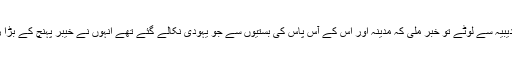
رسول خدا ﷺ حدیبیہ سے لوٹے تو خبر ملی کہ مدینہ اور اس کے آس پاس کی بستیوں سے جو یہودی نکالے گئے تھے انہوں نے خیبر پہنچ کے بڑا زور باند ھا ہے۔